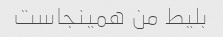
بلیط من همینجاست